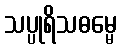
သပ္ပုရိသဓမ္မေ